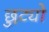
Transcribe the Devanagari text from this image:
छुट्यो